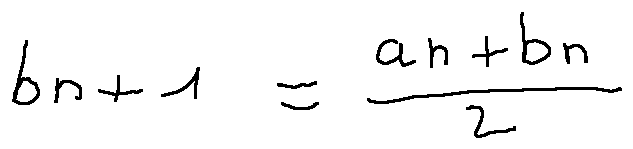
b _ { n + 1 } = \frac { a _ { n } + b _ { n } } { 2 }